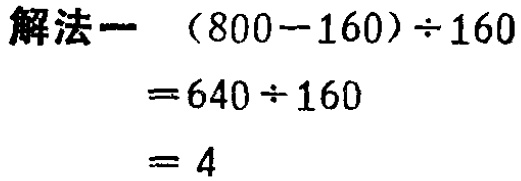
```

解法一 \((800 - 160)\div160\)

\(= 640\div160\)

\(= 4\)

```